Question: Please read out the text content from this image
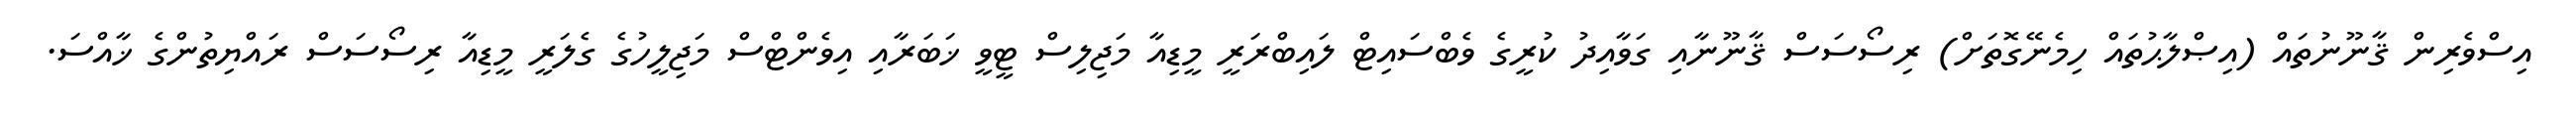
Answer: އިސްވެރިން ޤާނޫނުތައް (އިޞްލާޙުތައް ހިމެނޭގޮތަށް) ރިސޯސަސް ޤާނޫނާއި ގަވާއިދު ކުރީގެ ވެބްސައިޓް ލައިބްރަރީ މީޑިއާ މަޖިލިސް ޓީވީ ޚަބަރާއި އިވެންޓްސް މަޖިލީހުގެ ގެލަރީ މީޑިއާ ރިސޯސަސް ރައްޔިތުންގެ ޚާއްސަ.